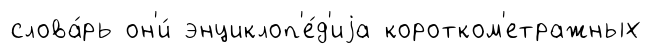
слова́рь он'и́ энциклоп'е́д'иjа коротком'етражных